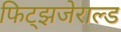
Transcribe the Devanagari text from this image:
फिट्झजेराल्ड